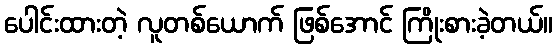
ပေါင်းထားတဲ့ လူတစ်ယောက် ဖြစ်အောင် ကြိုးစားခဲ့တယ်။